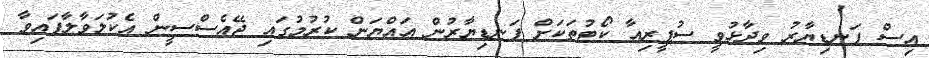
އިސް ފަނޑިޔާރު ވިދާޅުވީ ސުޕީރިއާ ކޯޓުތަކަށް ފަނޑިޔާރުން އައްޔަން ކުރުމުގައި ޖޭއެސްސީން އެކުލަވާލާފައިވާ